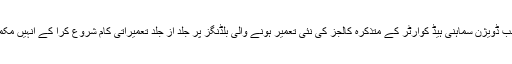
عوامی حلقوں نے حکومت آزاد کشمیر سے مطالبہ کیا ہے کہ سب ڈویژن سماہنی ہیڈ کوارٹر کے متذکرہ کالجز کی نئی تعمیر ہونے والی بلڈنگز پر جلد از جلد تعمیراتی کام شروع کرا کے انہیں مکمل کرنے کے ساتھ ساتھ اساتذہ کی کمی کو بھی پورا کیا جائے۔